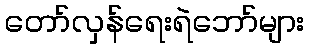
တော်လှန်ရေးရဲဘော်များ